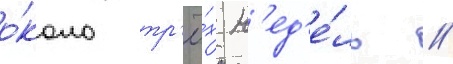
о́коло тр'ё́х н'ед'е́ль //